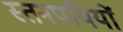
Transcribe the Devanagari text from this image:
स्तनपयियों